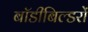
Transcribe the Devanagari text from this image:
बॉडीबिल्डरों